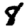
Digit: 8